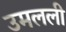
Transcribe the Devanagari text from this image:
उमलली